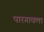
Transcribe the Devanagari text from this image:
पारगावला